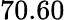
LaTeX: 70.60